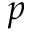
p